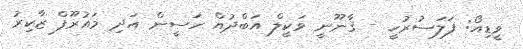
ވީޑިއޯ: ފަލަސުރުހީ - ޤާނޫނީ ވަކީލް އަބްދުއް ހަސީން އަދި މައުރޫފް ޒާކިރު